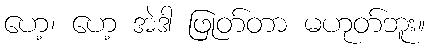
ဟေ့၊ ဟေ့ အဲဒါ ဖြုတ်တာ မဟုတ်ဘူး။